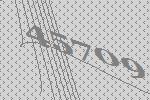
45709